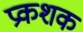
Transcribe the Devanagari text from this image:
प्रकशक